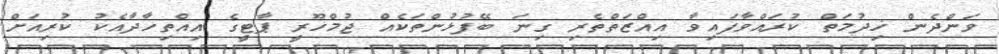
ވަންދެން ޚިދުމަތް ކުރައްވާފައިވާ އިއްޒަތްތެރި ގިނަ ބޭފުޅުންތަކެއް ޖުމްހޫރީ ޕާޓީގެ އިއްތިހާދާއެކު ކުރިއަށް